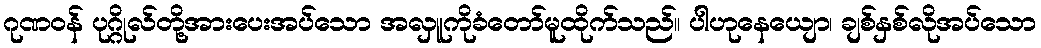
ဂုဏဝန် ပုဂ္ဂိုလ်တို့အားပေးအပ်သော အလှူကိုခံတော်မူထိုက်သည်။ ပါဟုနေယျော၊ ချစ်နှစ်လိုအပ်သော